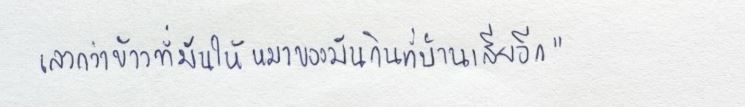
เลวกว่าข้าวที่มันให้หมาของมันกินที่บ้านเสียอีก"